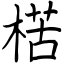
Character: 楛